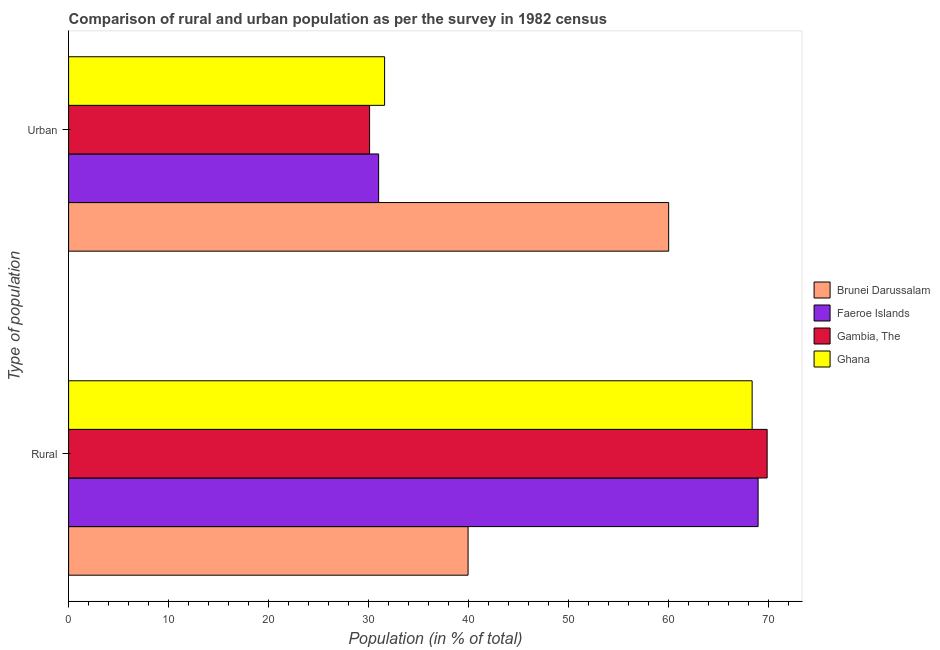
| Type of population | Brunei Darussalam | Faeroe Islands | Gambia, The | Ghana |
 | --- | --- | --- | --- | --- |
 | Rural | 40 | 69 | 69.9 | 68.4 |
 | Urban | 60 | 31 | 30.1 | 31.6 |